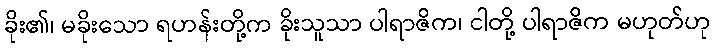
ခိုး၏၊ မခိုးသော ရဟန်းတို့က ခိုးသူသာ ပါရာဇိက၊ ငါတို့ ပါရာဇိက မဟုတ်ဟု